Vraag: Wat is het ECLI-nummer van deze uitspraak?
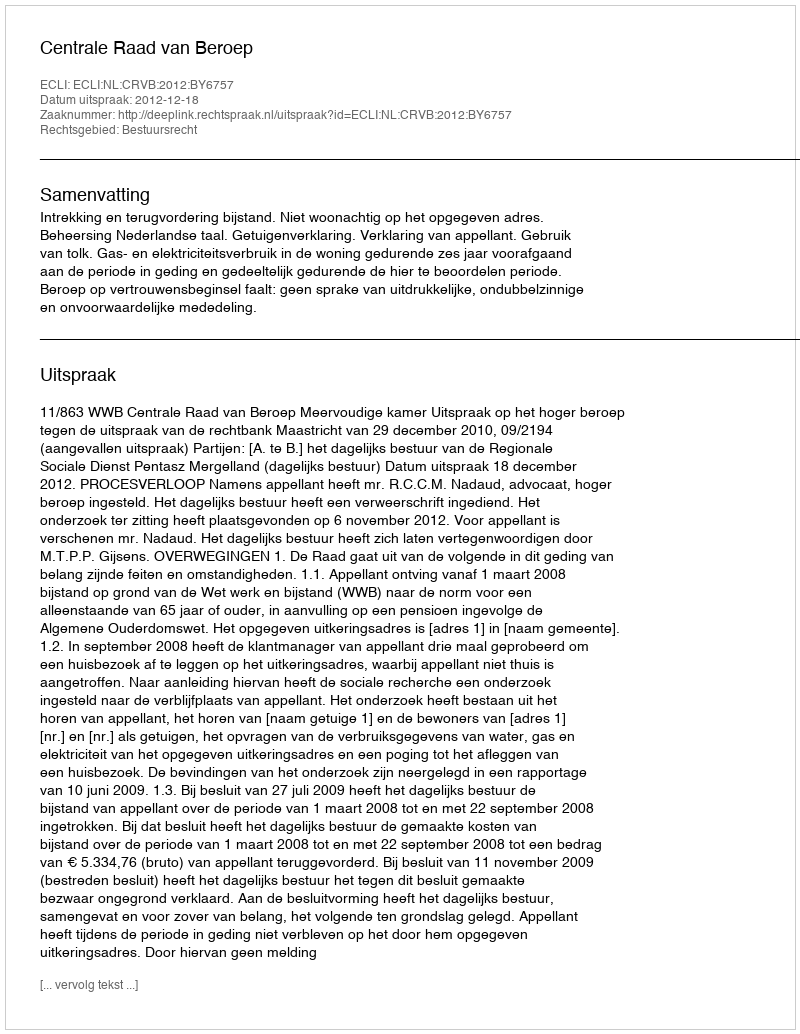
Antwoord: ECLI:NL:CRVB:2012:BY6757